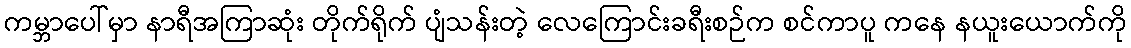
ကမ္ဘာပေါ်မှာ နာရီအကြာဆုံး တိုက်ရိုက် ပျံသန်းတဲ့ လေကြောင်းခရီးစဉ်က စင်ကာပူ ကနေ နယူးယောက်ကို